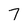
Character: 7